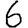
Digit: 6